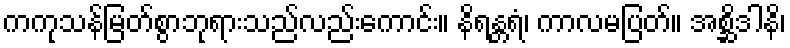
ကကုသန်မြတ်စွာဘုရားသည်လည်းကောင်း။ နိရန္တရံ၊ ကာလမပြတ်။ အစ္ဆိဒါနိ၊